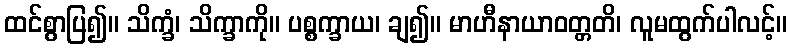
ထင်စွာပြ၍။ သိက္ခံ၊ သိက္ခာကို။ ပစ္စက္ခာယ၊ ချ၍။ မာဟီနာယာဝတ္တတိ၊ လူမထွက်ပါလင့်။